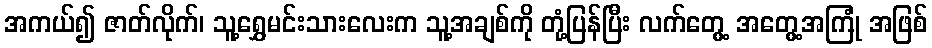
အကယ်၍ ဇာတ်လိုက်၊ သူ့ရွှေမင်းသားလေးက သူ့အချစ်ကို တုံ့ပြန်ပြီး လက်တွေ့ အတွေ့အကြုံ အဖြစ်